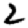
Digit: 2